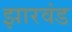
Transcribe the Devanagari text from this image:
झारवंड